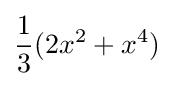
{\frac {1}{3}}(2x^{2}+x^{4})